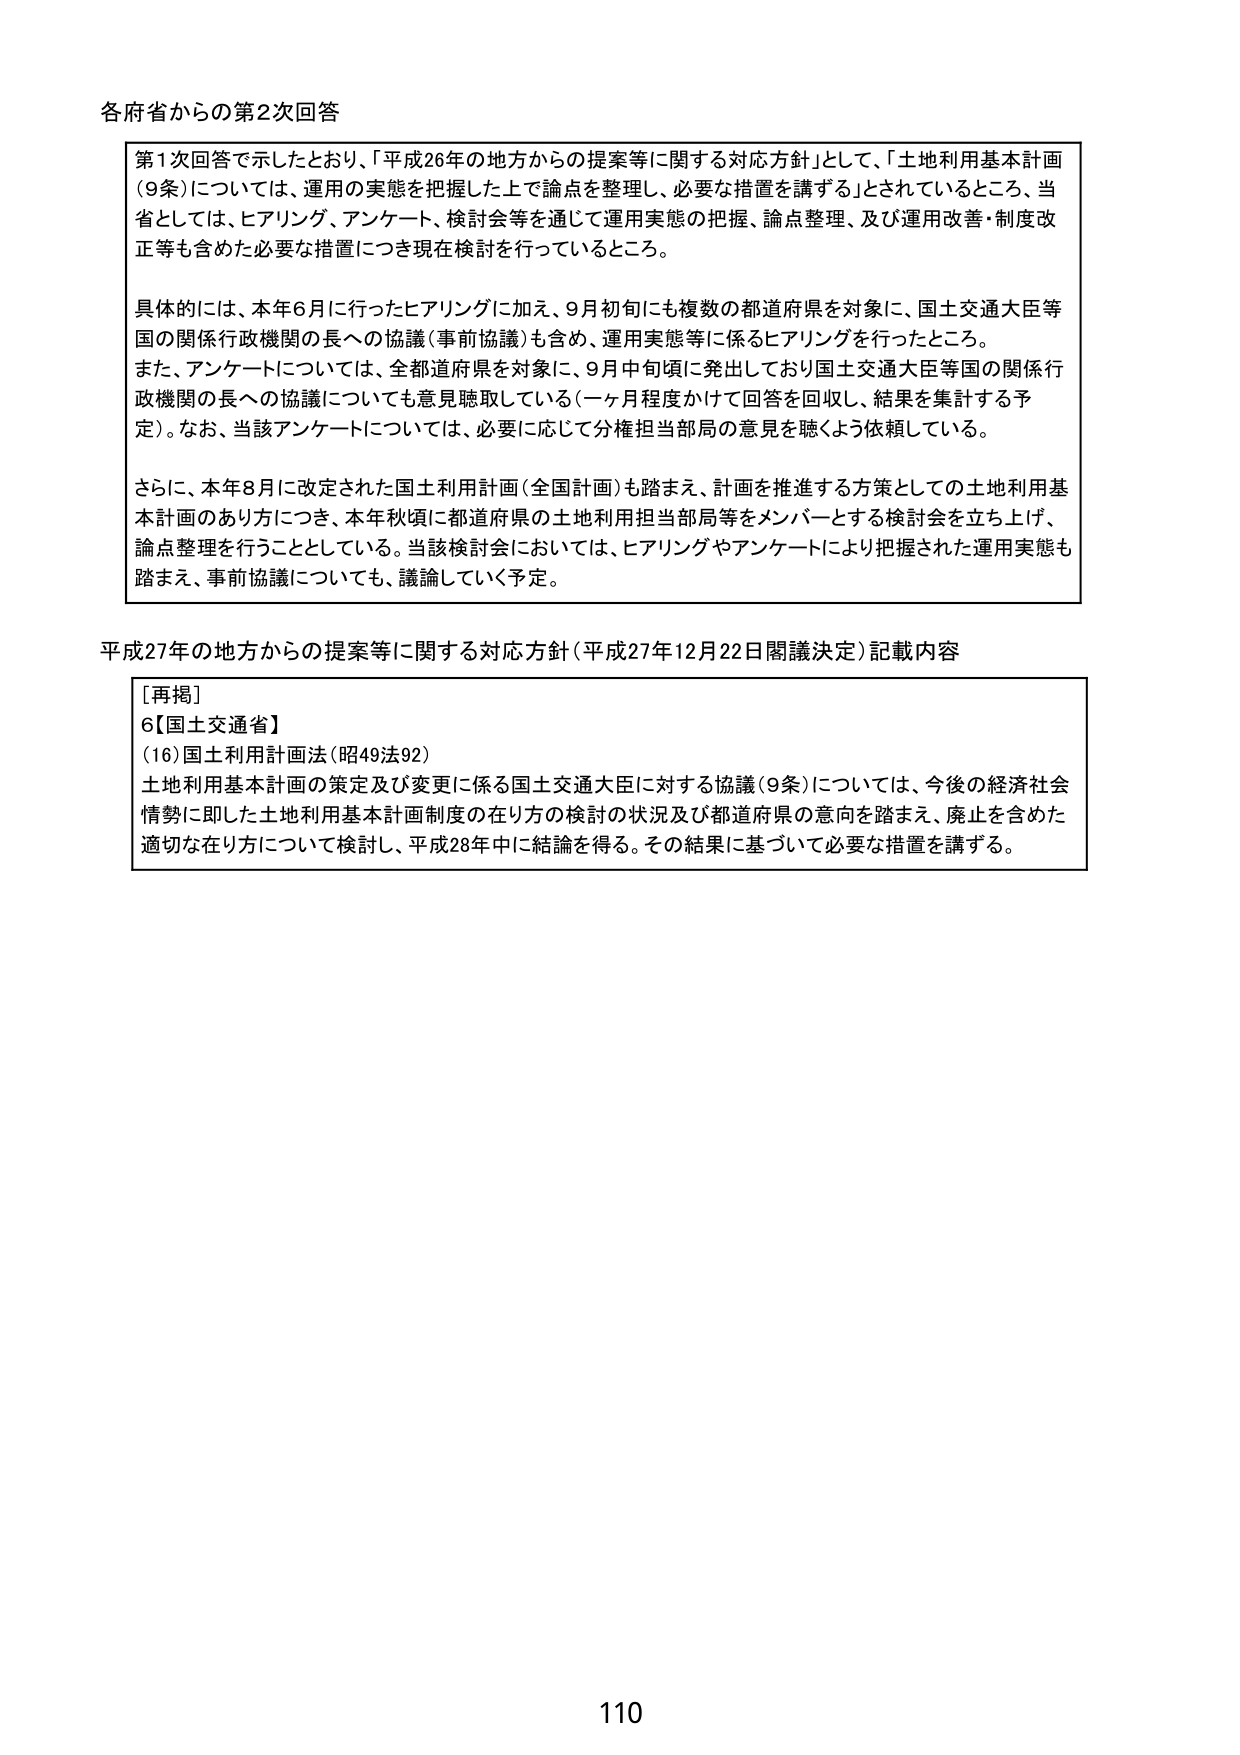
各府省からの第2次回答

第1次回答で示したとおり、「平成26年の地方からの提案等に関する対応方針」として、「土地利用基本計画（9条）については、運用の実態を把握した上で論点を整理し、必要な措置を講ずる」とされているところ、当省としては、ヒアリング、アンケート、検討会等を通じて運用実態の把握、論点整理、及び運用改善・制度改正等も含めた必要な措置につき現在検討を行っているところ。

具体的には、本年6月に行ったヒアリングに加え、9月初旬にも複数の都道府県を対象に、国土交通大臣等国の関係行政機関の長への協議（事前協議）も含め、運用実態等に係るヒアリングを行ったところ。また、アンケートについては、全都道府県を対象に、9月中旬頃に発出しており国土交通大臣等国の関係行政機関の長への協議についても意見聴取している（一ヶ月程度かけて回答を回収し、結果を集計する予定）。なお、当該アンケートについては、必要に応じて分権担当部局の意見を聴くよう依頼している。

さらに、本年8月に改定された国土利用計画（全国計画）も踏まえ、計画を推進する方策としての土地利用基本計画のあり方につき、本年秋頃に都道府県の土地利用担当部局等をメンバーとする検討会を立ち上げ、論点整理を行うこととしている。当該検討会においては、ヒアリングやアンケートにより把握された運用実態も踏まえ、事前協議についても、議論していく予定。

平成27年の地方からの提案等に関する対応方針（平成27年12月22日閣議決定）記載内容

［再掲］
6【国土交通省】
（16）国土利用計画法（昭49法92）
土地利用基本計画の策定及び変更に係る国土交通大臣に対する協議（9条）については、今後の経済社会情勢に即した土地利用基本計画制度の在り方の検討の状況及び都道府県の意向を踏まえ、廃止を含めた適切な在り方について検討し、平成28年中に結論を得る。その結果に基づいて必要な措置を講ずる。

110